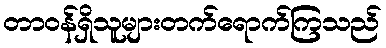
တာဝန်ရှိသူများတက်ရောက်ကြသည်